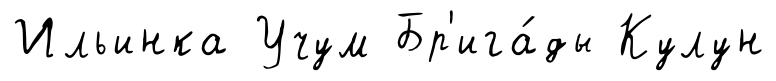
Ильинка Учум Бр'ига́ды Кулун